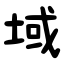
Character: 域